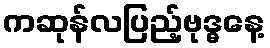
ကဆုန်လပြည့်ဗုဒ္ဓနေ့